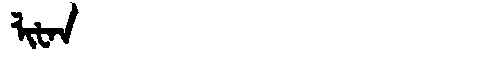
Manchu: ᠯᡳᡶᠠᠨ
Romanization: LIFAN